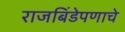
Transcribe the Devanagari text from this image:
राजबिंडेपणाचे